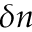
\delta n